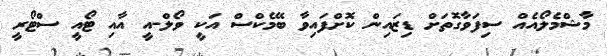
މާޝްމެލޯއެއް ސިފަވާގޮތަށް ޑިޒައިން ކޮށްފައިވާ ބޭމެކްސް އަކީ ވޯލް-އީ އާއި ޓޯއީ ސްޓޯރީ